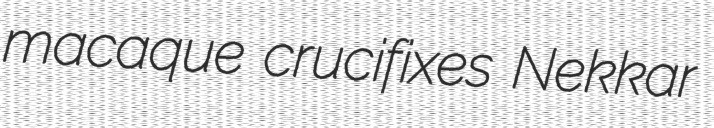
macaque crucifixes Nekkar